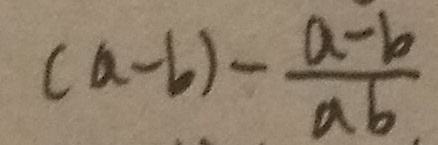
( a - b ) - \frac { a - b } { a b }